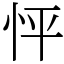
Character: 怦